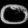
Digit: ၀